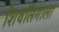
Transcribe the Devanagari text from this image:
शिवलिंगाला